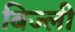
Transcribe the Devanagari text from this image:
बिज्ली